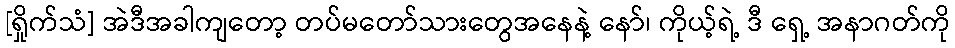
[ရှိုက်သံ] အဲဒီအခါကျတော့ တပ်မတော်သားတွေအနေနဲ့ နော်၊ ကိုယ့်ရဲ့ ဒီ ရှေ့ အနာဂတ်ကို